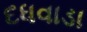
દધવાડા